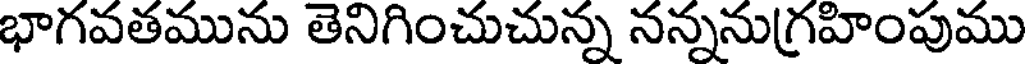
భాగవతమును తెనిగించుచున్న నన్ననుగ్రహింపుము